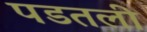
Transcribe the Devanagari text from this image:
पडतली